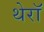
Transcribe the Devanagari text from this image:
थेरॉ